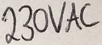
Text: 230VAC